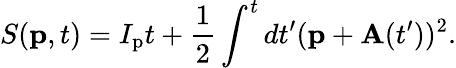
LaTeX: S(\mathbf{p},t)=I_{\mathrm{p}}t+\frac{1}{2}\int^{t}dt^{\prime}(\mathbf{p}+\mathbf{A}(t^{\prime}))^{2}.